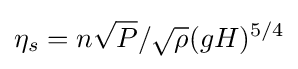
\eta _{s}=n{\sqrt {P}}/{\sqrt {\rho }}(gH)^{5/4}